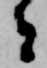
者